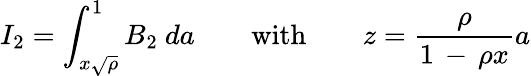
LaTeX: I_{2}=\int_{x\sqrt{\rho}}^{1}B_{2}\ da\qquad\mathrm{with}\qquad{\displaystyle z={\frac{\rho}{1\, -\, \rho x}}a}